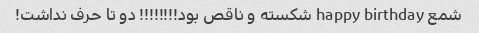
شمع happy birthday شکسته و ناقص بود!!!!!!!! دو تا حرف نداشت!